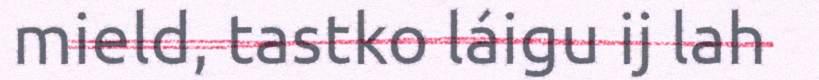
mield, tastko láigu ij lah